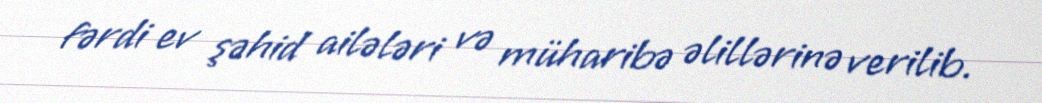
fərdi ev şəhid ailələri və müharibə əlillərinə verilib.